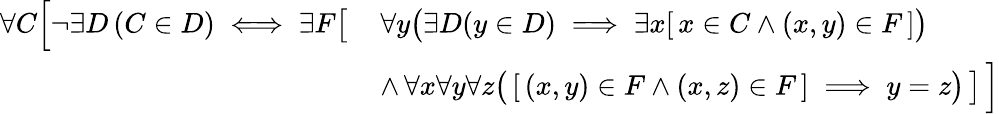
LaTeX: {\begin{array}{rl}{\forall C{\Bigl[}\lnot\exists D\left(C\in D\right)\iff\exists F{\bigl[}}&{\, \forall y{\bigl(}\exists D(y\in D)\implies\exists x[\, x\in C\land(x,y)\in F\, ]{\bigr)}}\\ &{\, \land\, \forall x\forall y\forall z{\bigl(}\, [\, (x,y)\in F\land(x,z)\in F\, ]\implies y=z{\bigr)}\, {\bigr]}\, {\Bigr]}}\end{array}}